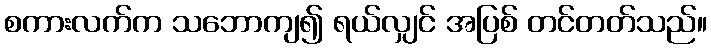
စကားလက်က သဘောကျ၍ ရယ်လျှင် အပြစ် တင်တတ်သည်။